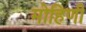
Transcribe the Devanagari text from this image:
मोहिणी